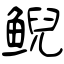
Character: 鲵